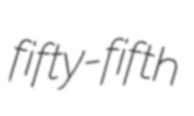
fifty-fifth